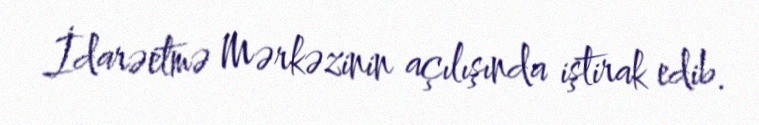
İdarəetmə Mərkəzinin açılışında iştirak edib.